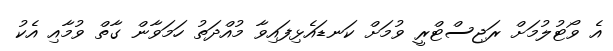
އެ ވޯޓުލުމަށް ރަޖިސްޓްރީ ވުމަށް ކަނޑައެޅިފައިވާ މުއްދަތު ހަމަވާން ގާތް ވުމާއި އެކު